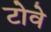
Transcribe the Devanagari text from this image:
टोवे